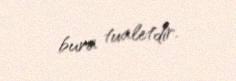
bura tualetdir.